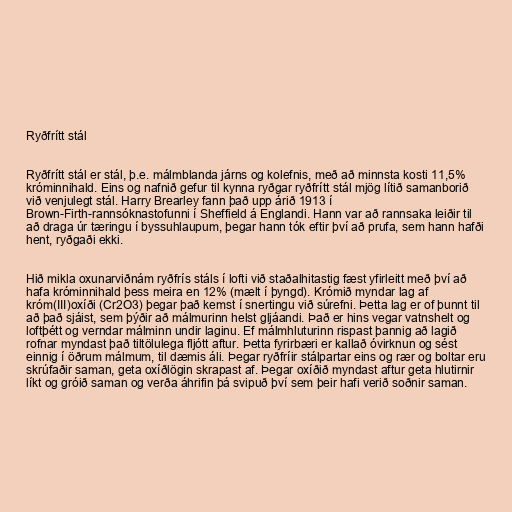
Ryðfrítt stál

Ryðfrítt stál er stál, þ.e. málmblanda járns og kolefnis, með að minnsta kosti 11,5%
króminnihald. Eins og nafnið gefur til kynna ryðgar ryðfrítt stál mjög lítið samanborið
við venjulegt stál. Harry Brearley fann það upp árið 1913 í
Brown-Firth-rannsóknastofunni í Sheffield á Englandi. Hann var að rannsaka leiðir til
að draga úr tæringu í byssuhlaupum, þegar hann tók eftir því að prufa, sem hann hafði
hent, ryðgaði ekki.

Hið mikla oxunarviðnám ryðfrís stáls í lofti við staðalhitastig fæst yfirleitt með því að
hafa króminnihald þess meira en 12% (mælt í þyngd). Krómið myndar lag af
króm(III)oxíði (Cr2O3) þegar það kemst í snertingu við súrefni. Þetta lag er of þunnt til
að það sjáist, sem þýðir að málmurinn helst gljáandi. Það er hins vegar vatnshelt og
loftþétt og verndar málminn undir laginu. Ef málmhluturinn rispast þannig að lagið
rofnar myndast það tiltölulega fljótt aftur. Þetta fyrirbæri er kallað óvirknun og sést
einnig í öðrum málmum, til dæmis áli. Þegar ryðfríir stálpartar eins og rær og boltar eru
skrúfaðir saman, geta oxíðlögin skrapast af. Þegar oxíðið myndast aftur geta hlutirnir
líkt og gróið saman og verða áhrifin þá svipuð því sem þeir hafi verið soðnir saman.